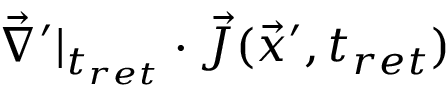
\vec { \nabla } ^ { \prime } | _ { t _ { r e t } } \cdot \vec { J } ( \vec { x } ^ { \prime } , t _ { r e t } )